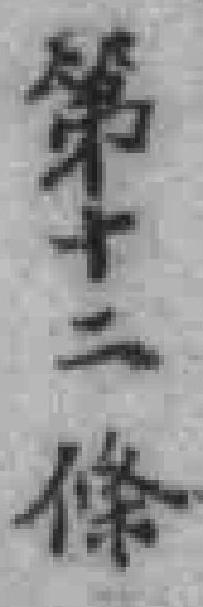
第十二條